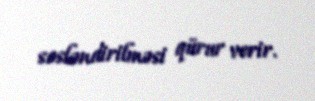
səsləndirilməsi qürur verir.